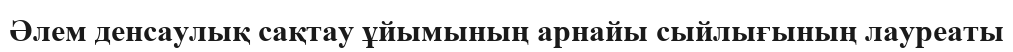
Әлем денсаулық сақтау ұйымының арнайы сыйлығының лауреаты